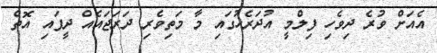
އެއަށް ވުރެ ދިވެހި ފިލްމީ އުދަރެހުގައި މާ މަތިވެރި ދަރަޖައެއް ދީފައި އޮތް